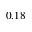
0 . 1 8